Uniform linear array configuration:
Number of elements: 48
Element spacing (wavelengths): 0.5
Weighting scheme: kaiser
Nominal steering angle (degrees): -45
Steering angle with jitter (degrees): -46.391
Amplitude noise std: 0.05
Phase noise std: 0.05

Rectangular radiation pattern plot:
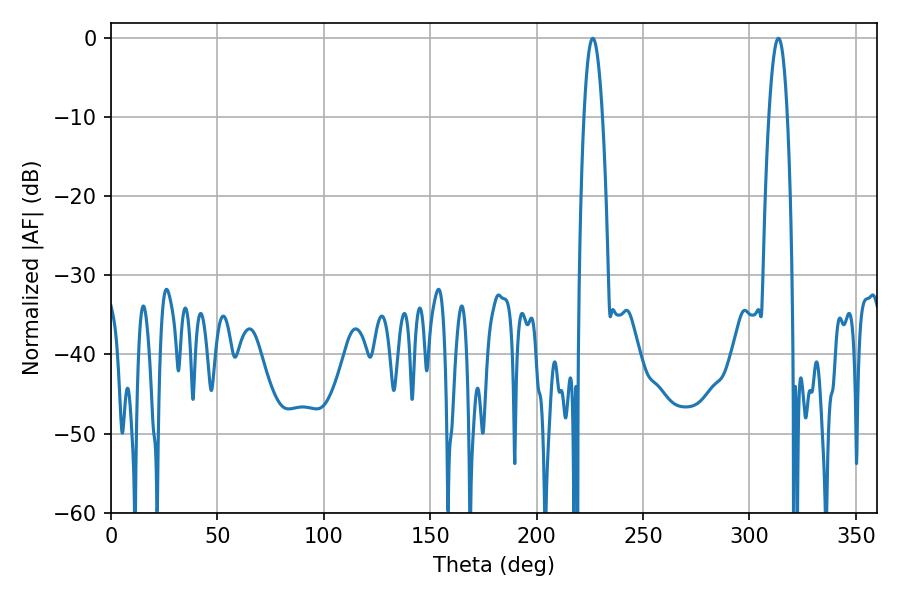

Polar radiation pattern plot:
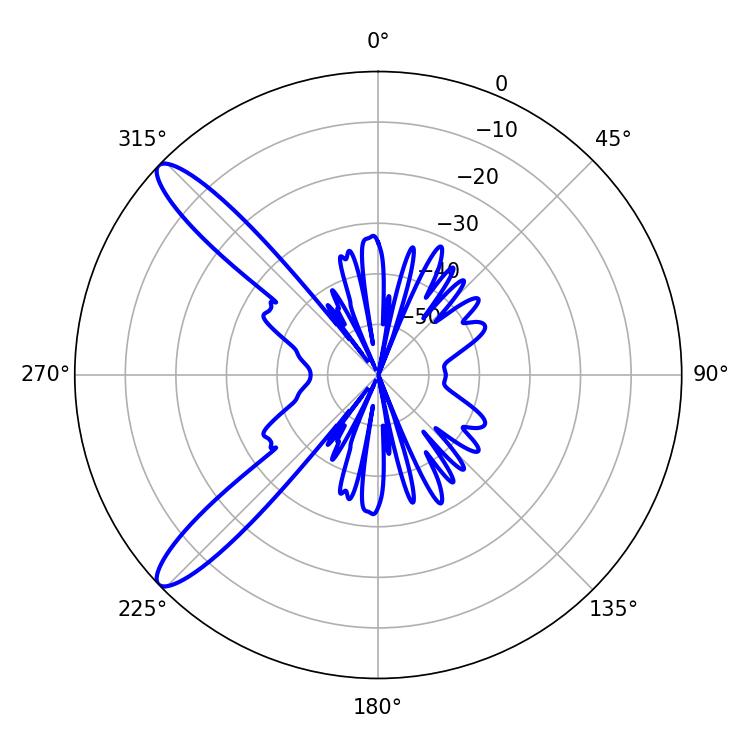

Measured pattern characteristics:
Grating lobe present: FALSE
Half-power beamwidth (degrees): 4.68
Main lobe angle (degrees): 313.56